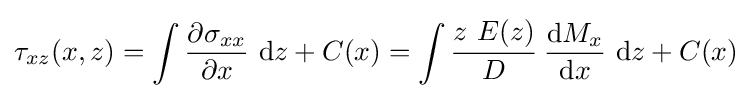
\tau _{xz}(x,z)=\int {\frac {\partial \sigma _{xx}}{\partial x}}~\mathrm {d} z+C(x)=\int {\cfrac {z~E(z)}{D}}~{\frac {\mathrm {d} M_{x}}{\mathrm {d} x}}~\mathrm {d} z+C(x)